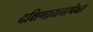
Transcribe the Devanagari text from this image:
दक्षिणायनापेक्षा